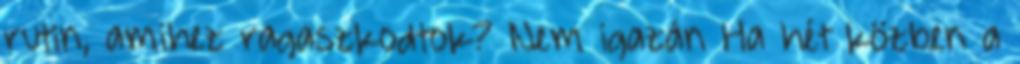
rutin, amihez ragaszkodtok? Nem igazán Ha hét közben a